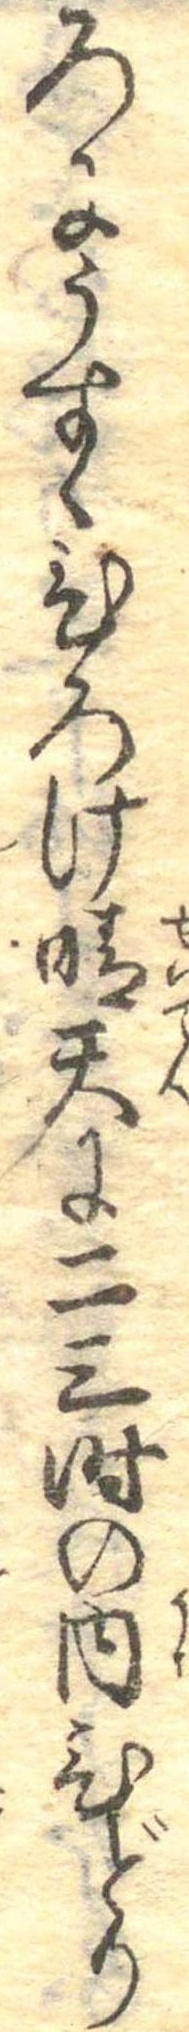
ろにうすくひろけ晴天に二三時の内ひどり